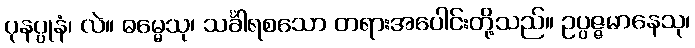
ပုနပ္ပုနံ၊ လဲ။ ဓမ္မေသု၊ သင်္ခါရစသော တရားအပေါင်းတို့သည်။ ဥပ္ပဇ္ဇမာနေသု၊